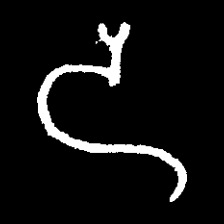
Pyu character \u2014 Myanmar letter: ဒ (romanized: da)